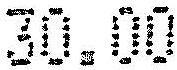
30.00